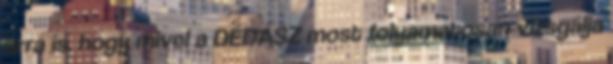
arra is, hogy mivel a DÉDÁSZ most folyamatosan vizsgálja